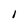
Character: I